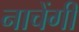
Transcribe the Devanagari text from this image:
नाचेंगी